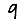
Digit: 9